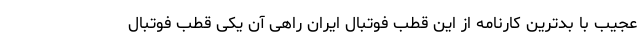
عجیب با بدترین کارنامه از این قطب فوتبال ایران راهی آن یکی قطب فوتبال